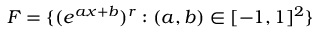
F = \{ ( e ^ { a x + b } ) ^ { r } : ( a , b ) \in [ - 1 , 1 ] ^ { 2 } \}